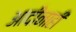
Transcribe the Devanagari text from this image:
आदींनाही